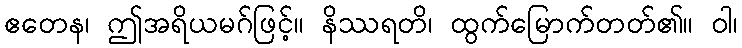
ဧတေန၊ ဤအရိယမဂ်ဖြင့်။ နိဿရတိ၊ ထွက်မြောက်တတ်၏။ ဝါ၊